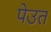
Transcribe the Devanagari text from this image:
पेउत